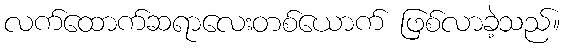
လက်ထောက်ဆရာလေးတစ်ယောက် ဖြစ်လာခဲ့သည်။